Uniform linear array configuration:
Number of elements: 64
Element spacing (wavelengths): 0.5
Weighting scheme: binomial
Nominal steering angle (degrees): -60
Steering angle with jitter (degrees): -58.069
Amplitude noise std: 0.05
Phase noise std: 0.05

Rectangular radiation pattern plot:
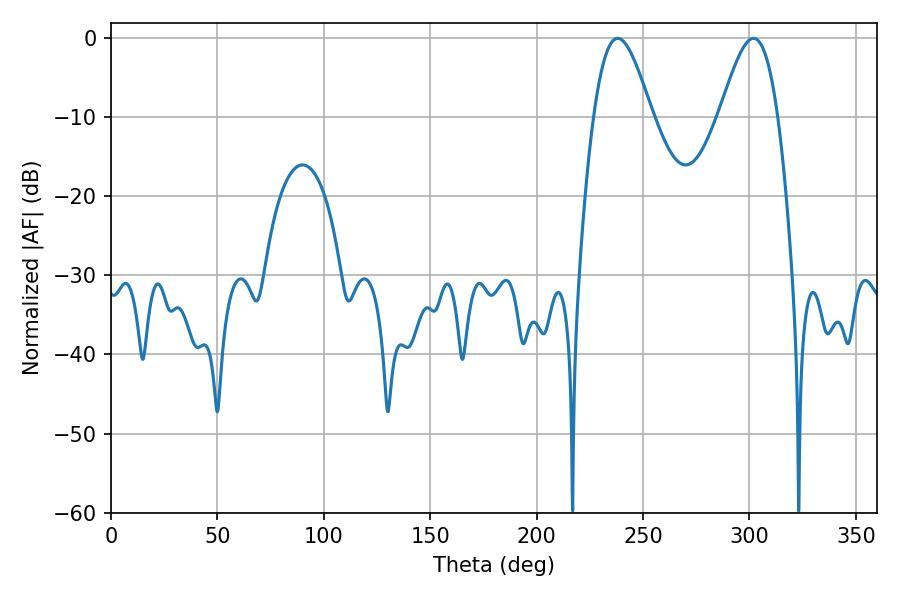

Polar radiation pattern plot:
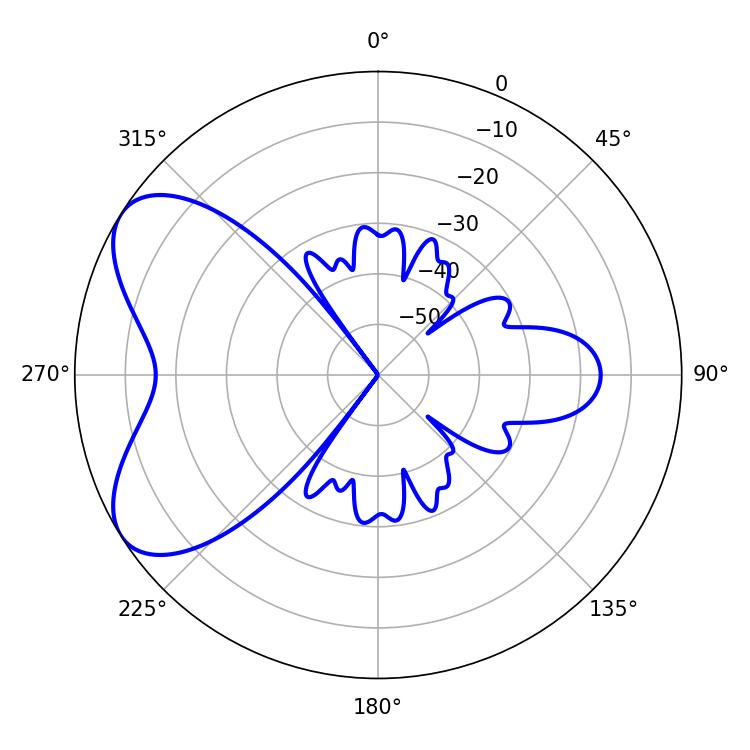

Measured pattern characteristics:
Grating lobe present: FALSE
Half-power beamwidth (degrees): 14.58
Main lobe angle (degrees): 238.14